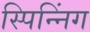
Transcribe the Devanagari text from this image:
स्पिन्निंग